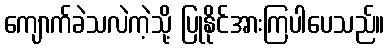
ကျောက်ခဲသလဲကဲ့သို့ ပြုနိုင်အားကြပါပေသည်။